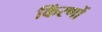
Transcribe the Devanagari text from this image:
किंरणों